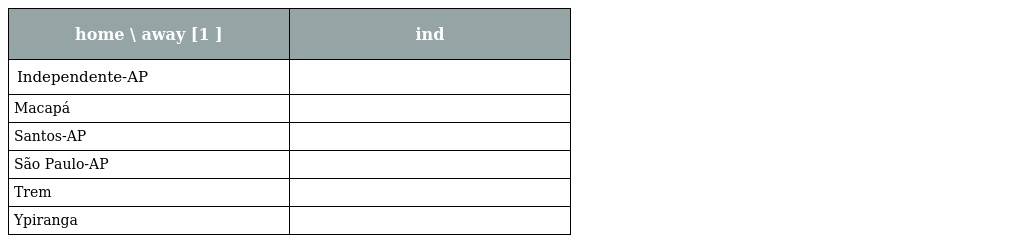
| home \ away [1 ] | ind |
 | --- | --- |
 | Independente-AP |  |
 | Macapá |  |
 | Santos-AP |  |
 | São Paulo-AP |  |
 | Trem |  |
 | Ypiranga |  |